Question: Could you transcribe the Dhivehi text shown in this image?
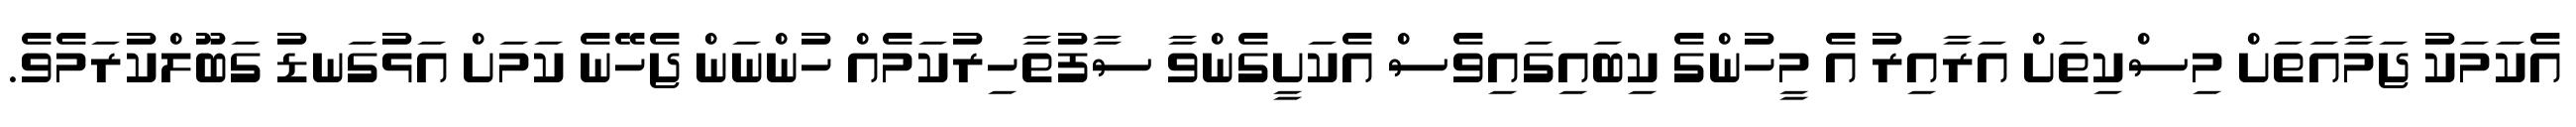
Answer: އެކަމަކު ޖަމާއަތަށް މިސްކިތަށް އަރާއިރު އެ މީހުންގެ ކިބައިގައިވެސް އެކަށީގެންވާ ސާފުތާހިރުކަމެއް ހުންނަން ޖެހޭނެ ކަމަށް އަޅުގަނޑު ގަބޫލްކުރަމެވެ.